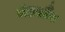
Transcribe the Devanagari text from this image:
मंडसौर